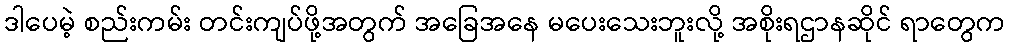
ဒါပေမဲ့ စည်းကမ်း တင်းကျပ်ဖို့အတွက် အခြေအနေ မပေးသေးဘူးလို့ အစိုးရဌာနဆိုင် ရာတွေက